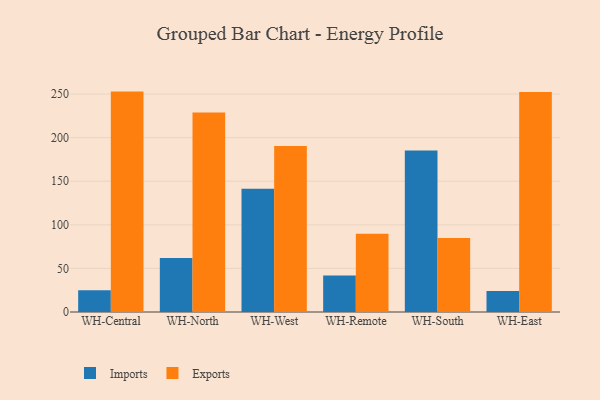
{"axis": {"x": "Warehouse", "y": "Active Users"}, "legend": ["Exports", "Imports"], "data": [{"x": "WH-Central", "y": 24.9, "type": "Imports"}, {"x": "WH-Central", "y": 252.8, "type": "Exports"}, {"x": "WH-North", "y": 61.8, "type": "Imports"}, {"x": "WH-North", "y": 228.8, "type": "Exports"}, {"x": "WH-West", "y": 141.3, "type": "Imports"}, {"x": "WH-West", "y": 190.3, "type": "Exports"}, {"x": "WH-Remote", "y": 41.8, "type": "Imports"}, {"x": "WH-Remote", "y": 89.8, "type": "Exports"}, {"x": "WH-South", "y": 185.1, "type": "Imports"}, {"x": "WH-South", "y": 84.9, "type": "Exports"}, {"x": "WH-East", "y": 24.0, "type": "Imports"}, {"x": "WH-East", "y": 252.2, "type": "Exports"}]}